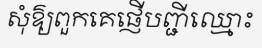
សុំឱ្យពួកគេផ្ញើបញ្ជីឈ្មោះ